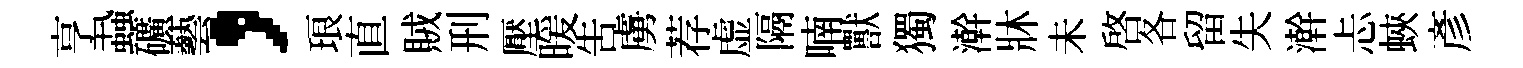
亨蝨礦藝，琅直賊刑壓暖告虜荐虚隔喃獸獨澣牀未啟各留失澣忐蛺彥